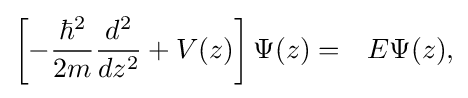
{\begin{aligned}\left[-{\frac {\hbar ^{2}}{2m}}{\frac {d^{2}}{dz^{2}}}+V(z)\right]\Psi (z)&=&E\Psi (z),\end{aligned}}